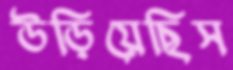
উড়িয়েছিস